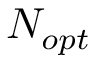
N _ { o p t }